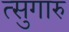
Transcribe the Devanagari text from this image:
त्सुगारु